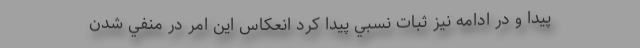
پيدا و در ادامه نيز ثبات نسبي پيدا كرد انعكاس اين امر در منفي شدن